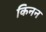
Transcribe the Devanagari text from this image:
किनन